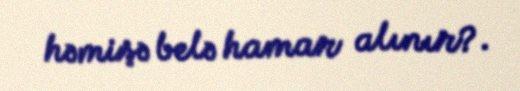
həmişə belə hamar alınır?.